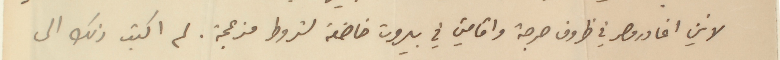
لانني اغادر مصر في ظروف حرجة واقامتي في بيروت خاضعة لشروط مزعجة. لم اكتب ذلك الى